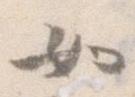
如